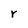
Character: r